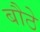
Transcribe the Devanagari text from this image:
बौठे